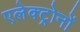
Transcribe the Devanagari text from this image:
एलेक्ट्रोनों